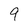
Character: 9